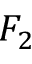
F _ { 2 }